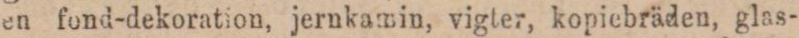
en fond-dekoration, jernkamin, vigter, kopiebräden, glas-